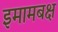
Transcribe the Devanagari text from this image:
इमामबक्ष